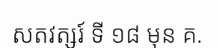
សតវត្សរ៍ ទី ១៨ មុន គ.